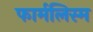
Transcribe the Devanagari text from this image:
फार्मलिस्म